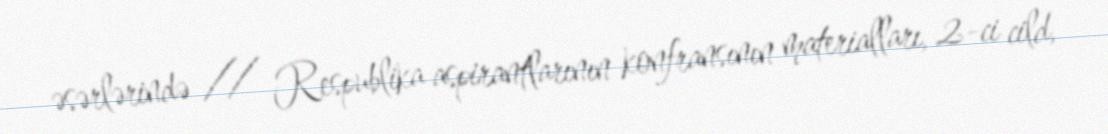
əsərlərində // Respublika aspirantlarının konfransının materialları, 2-ci cild,